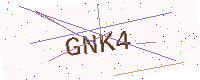
Text: GNK4